Civil Veterinary Department Bengal reports 1933-51 - 1933-1951
Year: 1933
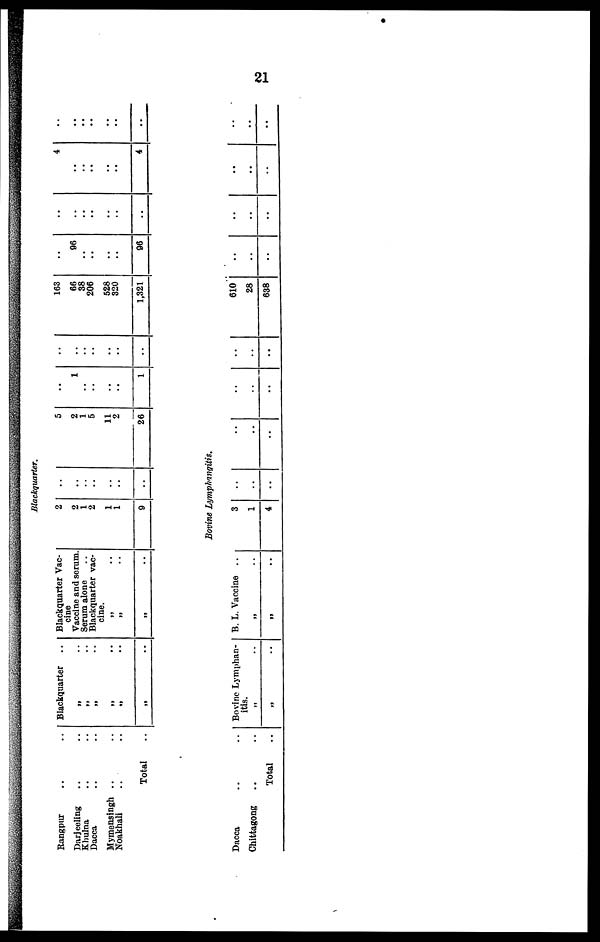
21
Blackquarter.
Rangpur .. ..
Darjeeling .. ..
Khulna .. ..
Dacca .. ..
Mymensingh .. ..
Noakhali .. ..
Total ..
Blackquarter
„ ..
„ ..
„ ..
„ ..
„ ..
Blackquarter Vac-
cine
Vaccine and serum.
Serum alone
Blackquarter vac-
cine.
„
..
„ ..
„ ..
2
2
1
2
1
1
9
..
..
..
..
..
..
..
5
2
1
5
11
2
26
..
1
..
..
..
..
1
..
..
..
..
..
..
..
163
66
38
206
528
320
1,321
..
96
..
..
..
..
96
..
..
.. ..
..
..
..
4
..
..
.. ..
4
..
.. ..
..
..
..
..
..
Bovine Lymphangitis.
Dacca .. ..
Chittagong
.. ..
Total ..
Bovine Lymphan-
itis. „ ..
„ ..
B. L. Vaccine ..
„ ..
„
..
3
1
4
..
..
..
..
..
..
..
..
..
..
..
..
610
28
638
..
..
..
..
..
..
..
..
..
..
..
..